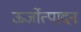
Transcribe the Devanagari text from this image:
ऊर्जोत्पादन